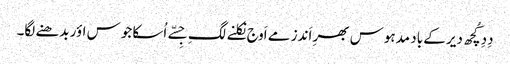
دِدِ کُچھ دیر کے باد مدہوس بھرِ اَندز مے اَوج نِکلنے لگِ جِسّے اُسکا جوس اؤر بدھنے لگا۔